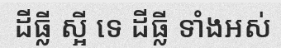
ដីធ្លី ស្អី ទេ ដីធ្លី ទាំងអស់